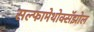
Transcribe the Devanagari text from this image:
सल्फामेथोक्सॅझोल